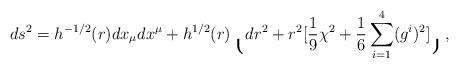
LaTeX: \begin{align*}ds^2 = h^{-1/2}(r)dx_{\mu}dx^{\mu}+h^{1/2}(r)\lgroup dr^2+r^{2}[{1 \over 9}\chi^2+{1 \over 6}\sum_{i=1}^4(g^i)^2]\rgroup,\end{align*}